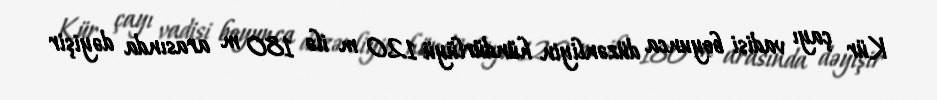
Kür çayı vadisi boyunca düzənliyin hündürlüyü 120 m ilə 180 m arasında dəyişir